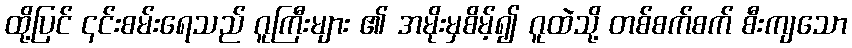
ထို့ပြင် ၎င်းစမ်းရေသည် ဂူကြီးများ ၏ အမိုးမှစိမ့်၍ ဂူထဲသို့ တစ်စက်စက် စီးကျသော